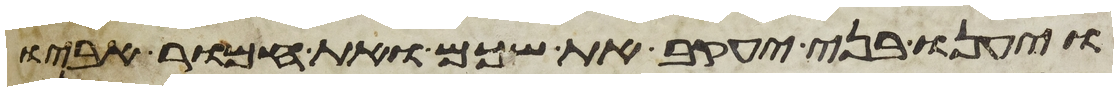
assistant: ויענו בני יעקב את שכם ואת חמור אביו